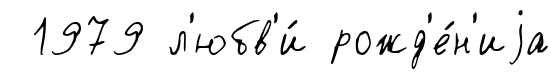
1979 л'юбв'и́ рожд'е́н'иjа